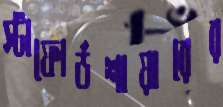
স্টাফোর্ডশায়ারের